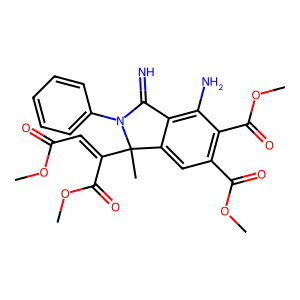
SMILES: COC(=O)C=C(C(=O)OC)C1(C)c2cc(C(=O)OC)c(C(=O)OC)c(N)c2C(=N)N1c1ccccc1
Inhibits HIV replication: No